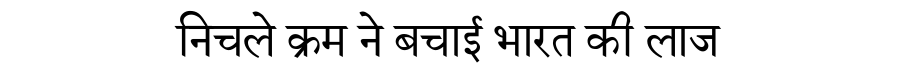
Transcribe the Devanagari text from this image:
निचले क्रम ने बचाई भारत की लाज